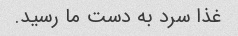
غذا سرد به دست ما رسید.